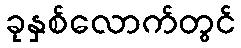
ခုနှစ်လောက်တွင်